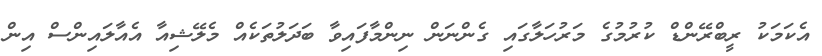
އެކަމަކު ރީބްރޭންޑް ކުރުމުުގެ މަރުހަލާގައި ގެންނަން ނިންމާފައިވާ ބަދަލުތަކެއް މެލޭޝިއާ އެއާލައިންސް އިން